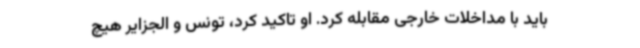
باید با مداخلات خارجی مقابله کرد. او تاکید کرد، تونس و الجزایر هیچ